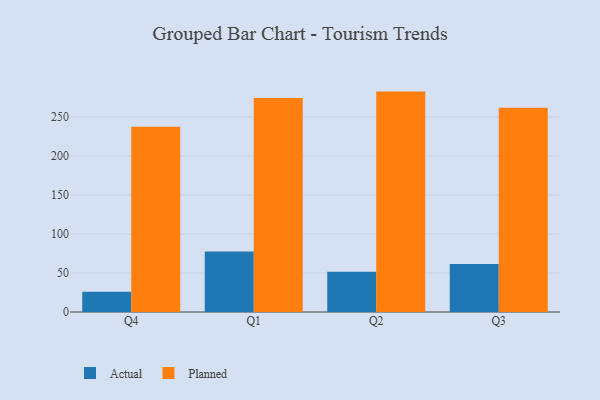
{"axis": {"x": "Quarter", "y": "Backlog"}, "legend": ["Actual", "Planned"], "data": [{"x": "Q4", "y": 25.8, "type": "Actual"}, {"x": "Q4", "y": 237.5, "type": "Planned"}, {"x": "Q1", "y": 77.4, "type": "Actual"}, {"x": "Q1", "y": 274.3, "type": "Planned"}, {"x": "Q2", "y": 51.7, "type": "Actual"}, {"x": "Q2", "y": 282.5, "type": "Planned"}, {"x": "Q3", "y": 61.6, "type": "Actual"}, {"x": "Q3", "y": 261.8, "type": "Planned"}]}